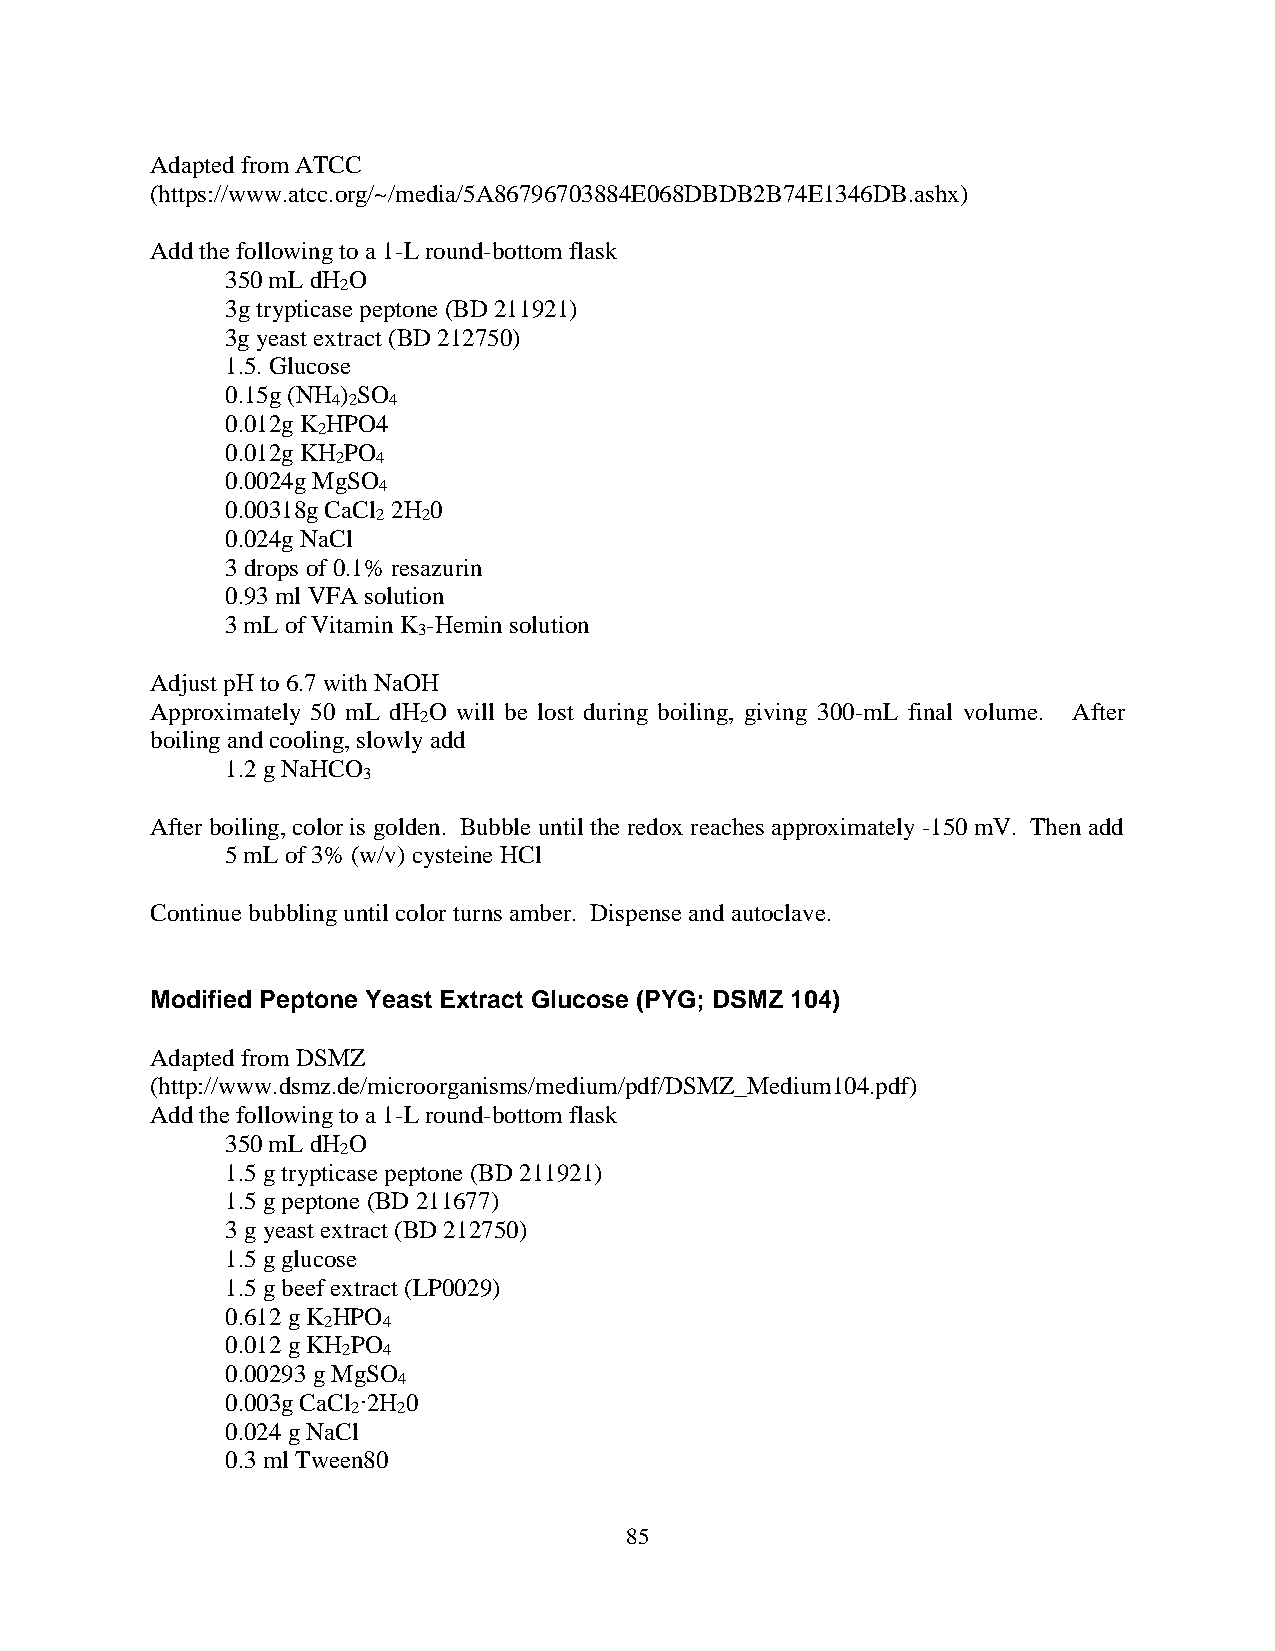
Adapted from ATCC
 (https://www.atcc.org/~/media/5A86796703884E068DBDB2B74E1346DB.ashx)
 Add the following to a 1-L round-bottom flask
 350 mL dH O
 2
 3g trypticase peptone (BD 211921)
 3g yeast extract (BD 212750)
 1.5. Glucose
 0.15g (NH ) SO
 4 2 4
 0.012g K HPO4
 2
 0.012g KH PO
 2  4
 0.0024g MgSO
 4
 0.00318g CaCl 2H 0
 2  2
 0.024g NaCl
 3 drops of 0.1% resazurin
 0.93 ml VFA solution
 3 mL of Vitamin K -Hemin solution
 3
 Adjust pH to 6.7 with NaOH
 Approximately 50 mL dH O will be lost during boiling, giving 300-mL final volume. After
 2
 boiling and cooling, slowly add
 1.2 g NaHCO
 3
 After boiling, color is golden. Bubble until the redox reaches approximately -150 mV. Then add
 5 mL of 3% (w/v) cysteine HCl
 Continue bubbling until color turns amber. Dispense and autoclave.
 Modified Peptone Yeast Extract Glucose (PYG; DSMZ 104)
 Adapted from DSMZ
 (http://www.dsmz.de/microorganisms/medium/pdf/DSMZ_Medium104.pdf)
 Add the following to a 1-L round-bottom flask
 350 mL dH O
 2
 1.5 g trypticase peptone (BD 211921)
 1.5 g peptone (BD 211677)
 3 g yeast extract (BD 212750)
 1.5 g glucose
 1.5 g beef extract (LP0029)
 0.612 g K HPO
 2   4
 0.012 g KH PO
 2 4
 0.00293 g MgSO
 4
 0.003g CaCl ∙2H 0
 2  2
 0.024 g NaCl
 0.3 ml Tween80
 85